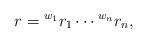
LaTeX: \begin{align*} r = {^{w_1}r_1} \cdots {^{w_n} r_n}, \end{align*}